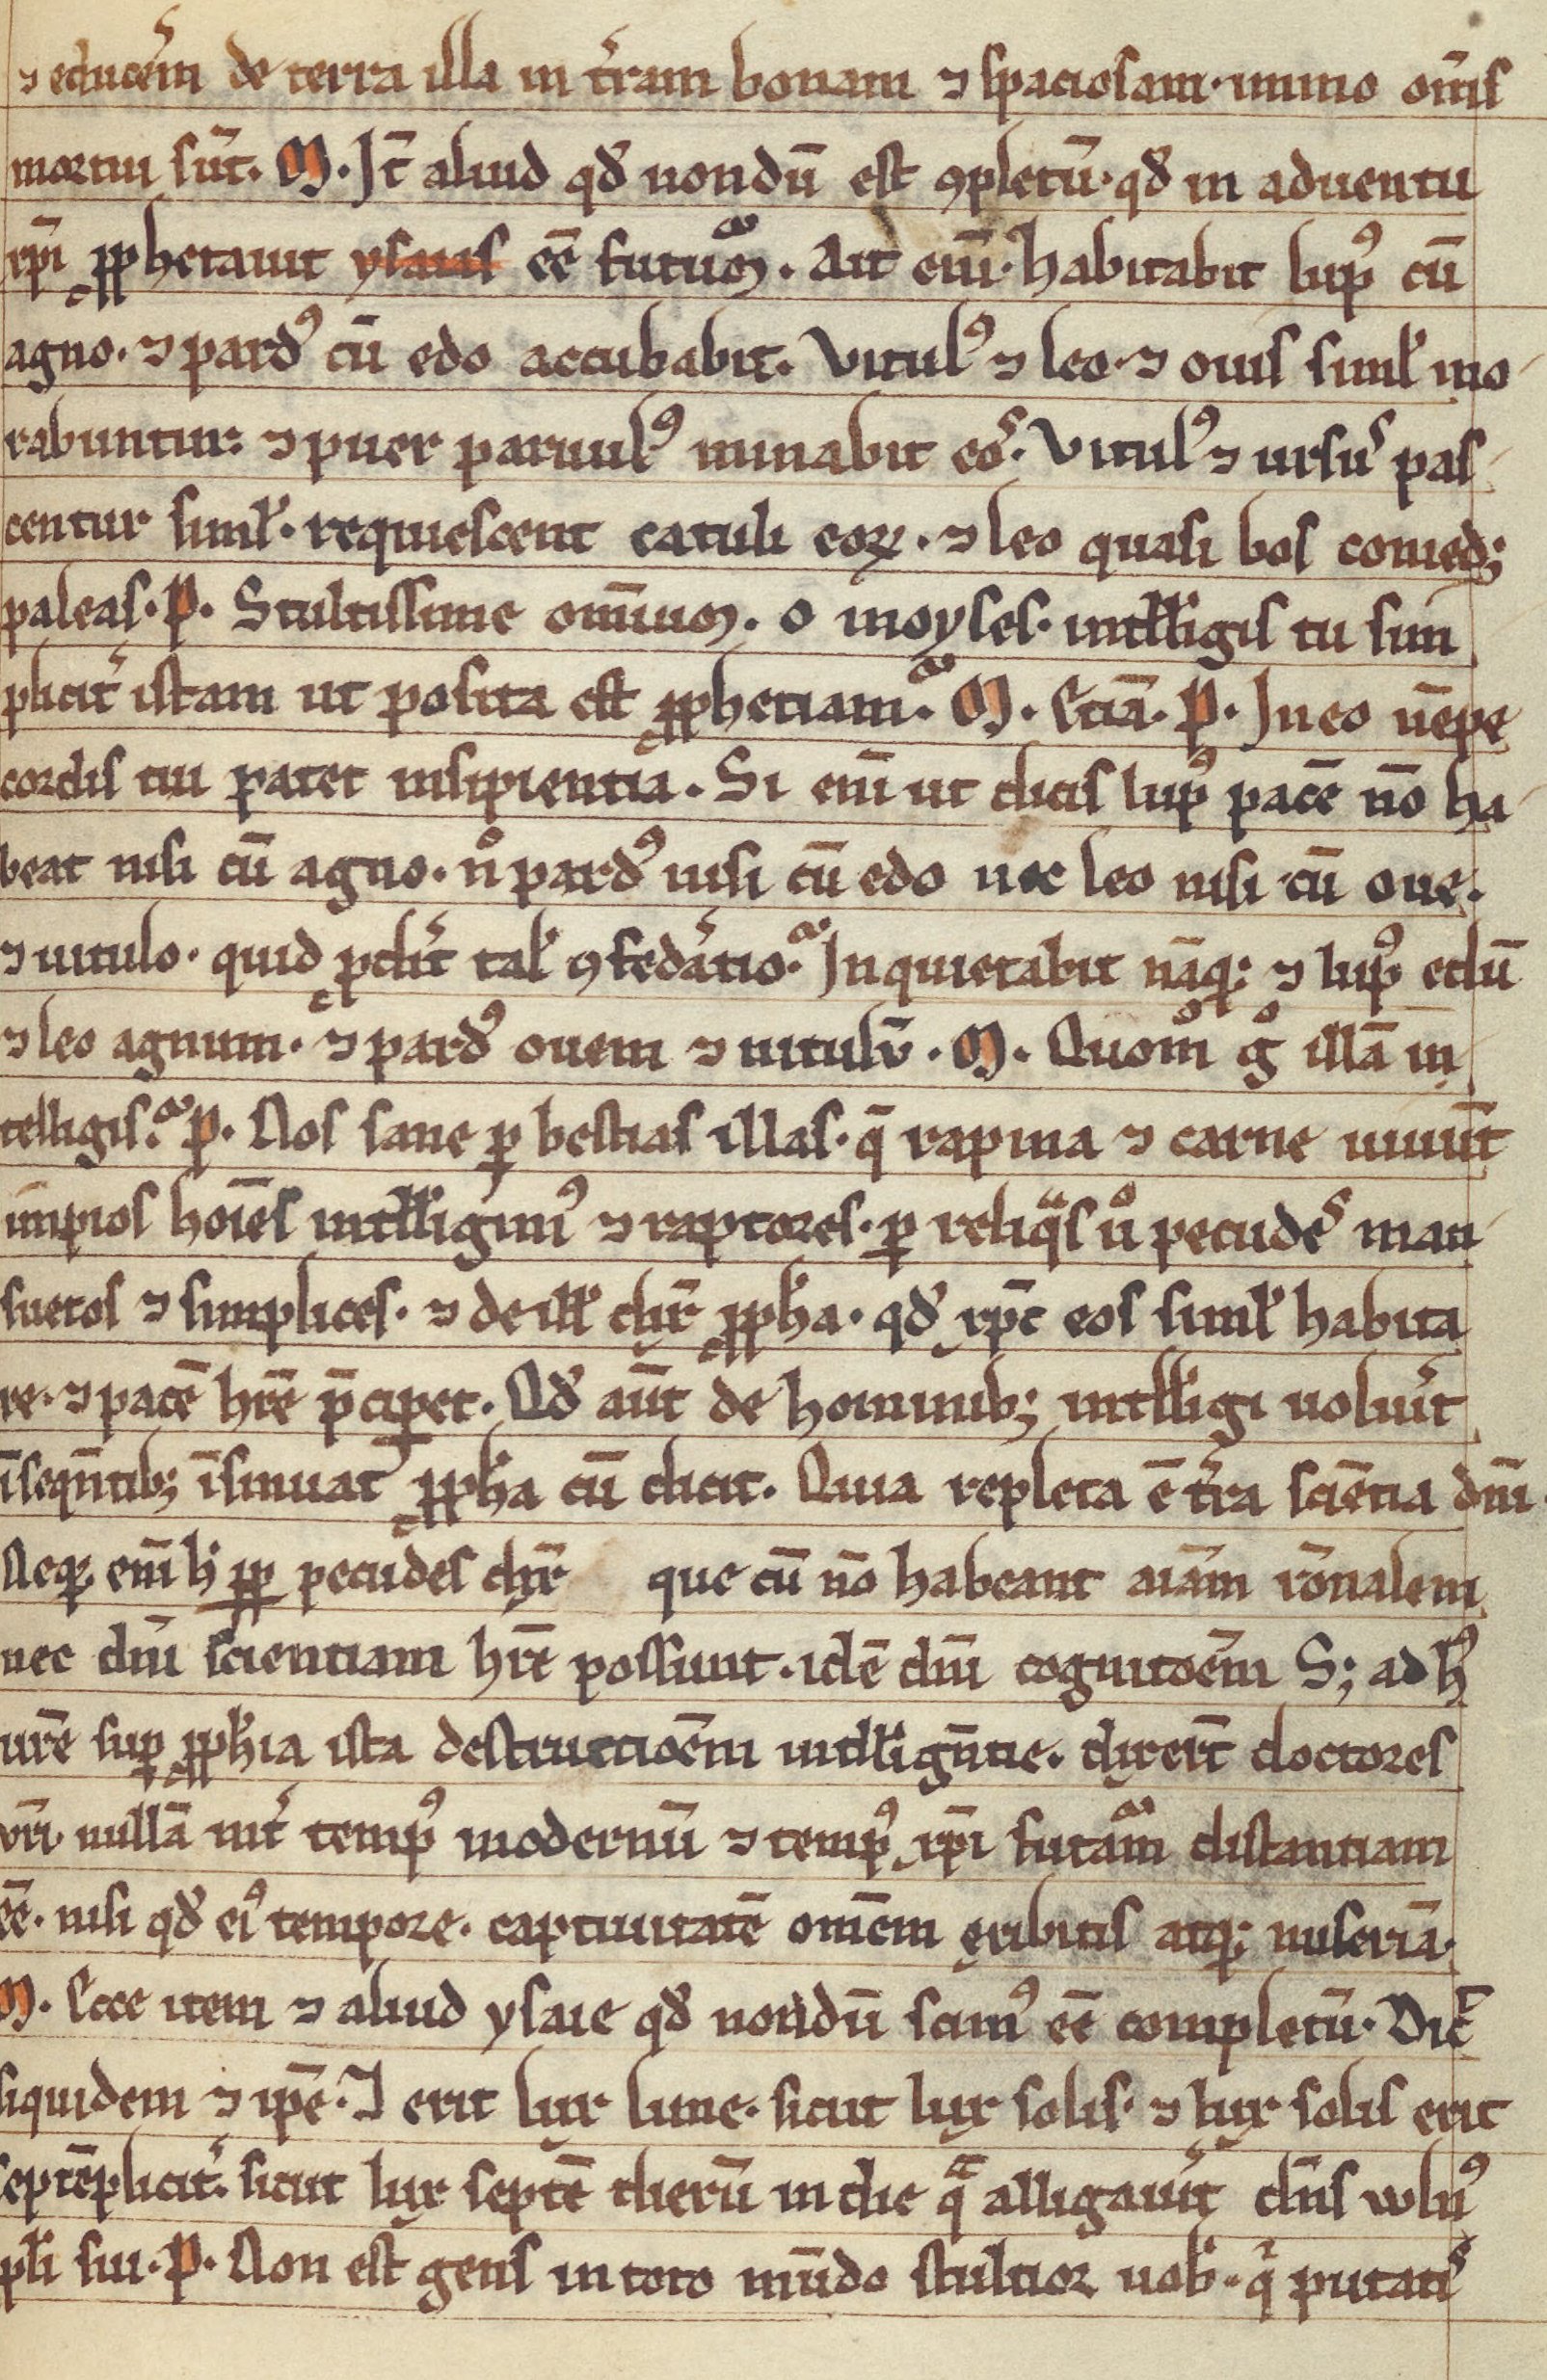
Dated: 1200–1299